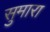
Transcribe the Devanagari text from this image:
सुमारा